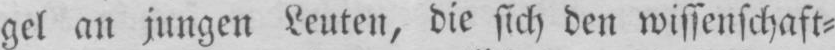
gel an jungen Leuten, die sich den wissenschaft⸗